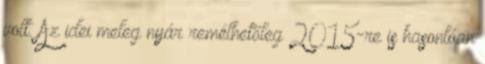
volt. Az idei meleg nyár remélhetőleg 2015-re is hasonlóan